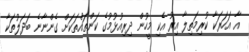
އާ އަހަރަކާ ކުރިމަތިލާ އިރު އެކި މީހުން ދިރިއުޅުމުގެ ކަންތައްތަކަށް ގެންނާނެ ބަދަލުތަކާ